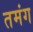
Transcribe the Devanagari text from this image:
तमंग